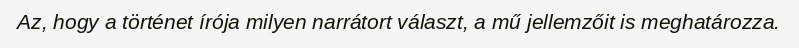
Az, hogy a történet írója milyen narrátort választ, a mű jellemzőit is meghatározza.